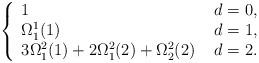
LaTeX: \begin{align*}\left\{\begin{array}{ll}1& ~d=0,\\\Omega_1^1(1)& ~d=1,\\3\Omega_1^2(1)+2\Omega_1^2(2)+\Omega_2^2(2) & ~d=2.\end{array} \right.\end{align*}